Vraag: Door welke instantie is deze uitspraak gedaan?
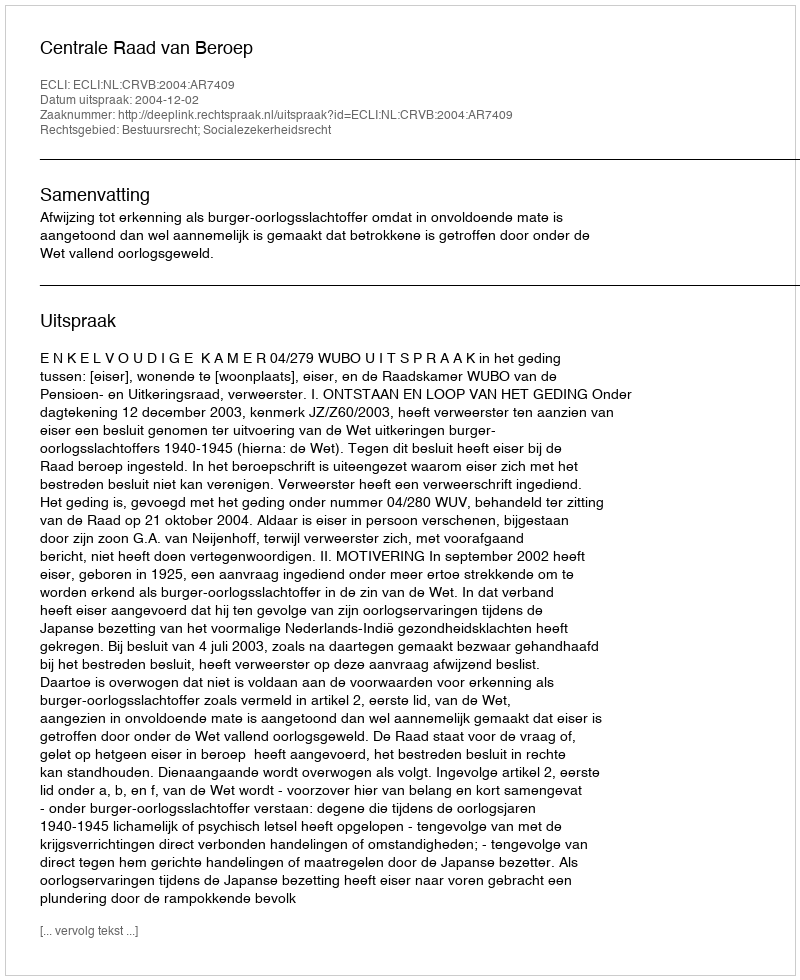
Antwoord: Centrale Raad van Beroep